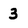
Character: 3